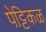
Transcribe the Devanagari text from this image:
पेट्टिकळ